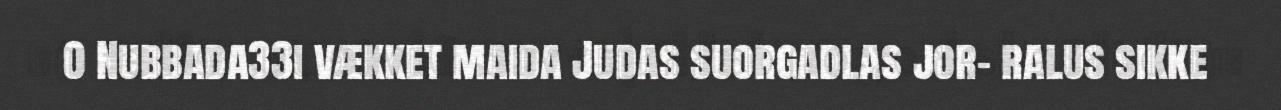
0 Nubbada33i vækket maida Judas suorgadlas jor- ralus sikke